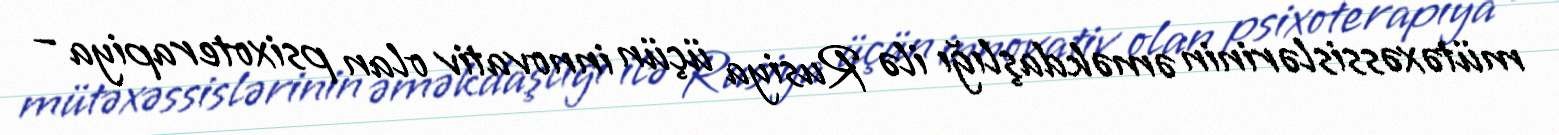
mütəxəssislərinin əməkdaşlığı ilə Rusiya üçün innovativ olan psixoterapiya –